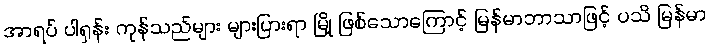
အာရပ် ပါရှန်း ကုန်သည်များ များပြားရာ မြို့ ဖြစ်သောကြောင့် မြန်မာဘာသာဖြင့် ပသိ မြန်မာ